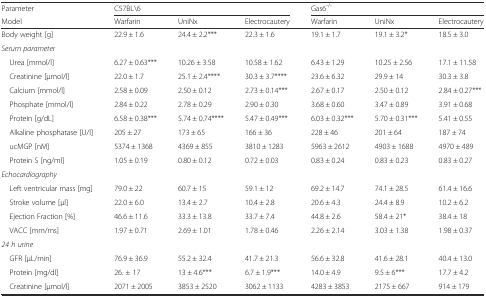
<table><thead><tr><td><b>Parameter</b></td><td colspan="3"><b>C57BL\6</b></td><td colspan="3"><b>Gas6<sup>-/-</sup></b></td></tr><tr><td><b>Model</b></td><td><b>Warfarin</b></td><td><b>UniNx</b></td><td><b>Electrocautery</b></td><td><b>Warfarin</b></td><td><b>UniNx</b></td><td><b>Electrocautery</b></td></tr></thead><tbody><tr><td>Body weight [g]</td><td>22.9 ± 1.6</td><td>24.4 ± 2.2***</td><td>22.3 ± 1.6</td><td>19.1 ± 1.7</td><td>19.1 ± 3.2*</td><td>18.5 ± 3.0</td></tr><tr><td><i>Serum parameter</i></td><td></td><td></td><td></td><td></td><td></td><td></td></tr><tr><td> Urea [mmol/l]</td><td>6.27 ± 0.63***</td><td>10.26 ± 3.58</td><td>10.58 ± 1.62</td><td>6.43 ± 1.29</td><td>10.25 ± 2.56</td><td>17.1 ± 11.58</td></tr><tr><td> Creatinine [μmol/l]</td><td>22.0 ± 1.7</td><td>25.1 ± 2.4****</td><td>30.3 ± 3.7****</td><td>23.6 ± 6.32</td><td>29.9 ± 14</td><td>30.3 ± 3.8</td></tr><tr><td> Calcium [mmol/l]</td><td>2.58 ± 0.09</td><td>2.50 ± 0.12</td><td>2.73 ± 0.14***</td><td>2.67 ± 0.17</td><td>2.50 ± 0.12</td><td>2.84 ± 0.27***</td></tr><tr><td> Phosphate [mmol/l]</td><td>2.84 ± 0.22</td><td>2.78 ± 0.29</td><td>2.90 ± 0.30</td><td>3.68 ± 0.60</td><td>3.47 ± 0.89</td><td>3.91 ± 0.68</td></tr><tr><td> Protein [g/dL]</td><td>6.58 ± 0.38***</td><td>5.74 ± 0.74****</td><td>5.47 ± 0.49***</td><td>6.03 ± 0.32***</td><td>5.70 ± 0.31***</td><td>5.41 ± 0.55</td></tr><tr><td> Alkaline phosphatase [U/l]</td><td>205 ± 27</td><td>173 ± 65</td><td>166 ± 36</td><td>228 ± 46</td><td>201 ± 64</td><td>187 ± 74</td></tr><tr><td> ucMGP [nM]</td><td>5374 ± 1368</td><td>4369 ± 855</td><td>3810 ± 1283</td><td>5963 ± 2612</td><td>4903 ± 1688</td><td>4970 ± 489</td></tr><tr><td> Protein S [ng/ml]</td><td>1.05 ± 0.19</td><td>0.80 ± 0.12</td><td>0.72 ± 0.03</td><td>0.83 ± 0.24</td><td>0.83 ± 0.23</td><td>0.83 ± 0.27</td></tr><tr><td><i>Echocardiography</i></td><td></td><td></td><td></td><td></td><td></td><td></td></tr><tr><td> Left ventricular mass [mg]</td><td>79.0 ± 22</td><td>60.7 ± 15</td><td>59.1 ± 12</td><td>69.2 ± 14.7</td><td>74.1 ± 28.5</td><td>61.4 ± 16.6</td></tr><tr><td> Stroke volume [μl]</td><td>22.0 ± 6.0</td><td>13.4 ± 2.7</td><td>10.4 ± 2.8</td><td>20.6 ± 4.3</td><td>24.4 ± 8.9</td><td>10.2 ± 6.2</td></tr><tr><td> Ejection Fraction [%]</td><td>46.6 ± 11.6</td><td>33.3 ± 13.8</td><td>33.7 ± 7.4</td><td>44.8 ± 2.6</td><td>58.4 ± 21*</td><td>38.4 ± 18</td></tr><tr><td> VACC [mm/ms]</td><td>1.97 ± 0.71</td><td>2.69 ± 1.01</td><td>1.78 ± 0.46</td><td>2.26 ± 2.14</td><td>3.03 ± 1.38</td><td>1.98 ± 0.37</td></tr><tr><td><i>24 h urine</i></td><td></td><td></td><td></td><td></td><td></td><td></td></tr><tr><td> GFR [μL/min]</td><td>76.9 ± 36.9</td><td>55.2 ± 32.4</td><td>41.7 ± 21.3</td><td>56.6 ± 32.8</td><td>41.6 ± 28.1</td><td>40.4 ± 13.0</td></tr><tr><td> Protein [mg/dl]</td><td>26. ± 17</td><td>13 ± 4.6***</td><td>6.7 ± 1.9***</td><td>14.0 ± 4.9</td><td>9.5 ± 6***</td><td>17.7 ± 4.2</td></tr><tr><td> Creatinine [μmol/l]</td><td>2071 ± 2005</td><td>3853 ± 2520</td><td>3062 ± 1133</td><td>4283 ± 3853</td><td>2175 ± 667</td><td>914 ± 179</td></tr></tbody></table>